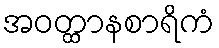
အဝတ္ထာနစာရိကံ